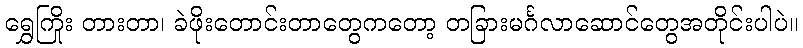
ရွှေကြိုး တားတာ၊ ခဲဖိုးတောင်းတာတွေကတော့ တခြားမင်္ဂလာဆောင်တွေအတိုင်းပါပဲ။